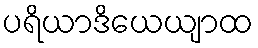
ပရိယာဒိယေယျာထ